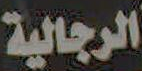
الرجالية